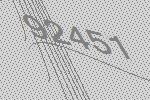
92451